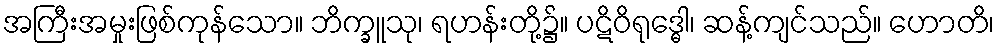
အကြီးအမှုးဖြစ်ကုန်သော။ ဘိက္ခူသု၊ ရဟန်းတို့၌။ ပဋိဝိရုဒ္ဓေါ၊ ဆန့်ကျင်သည်။ ဟောတိ၊